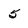
Character: 5